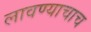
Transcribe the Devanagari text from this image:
लावण्याचाच